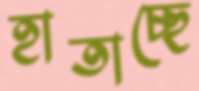
হাতাচ্ছে